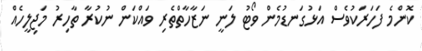
ކޮންމެ ފަހަރަކުވެސް އަޅުގަނޑުމެން ވޯޓު ލަނީ ނަޒާހާތްތެރި ވައްކަން ނުކުރާ ތާހިރު މަޖިލީހެއް